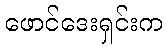
ဖောင်ဒေးရှင်းက